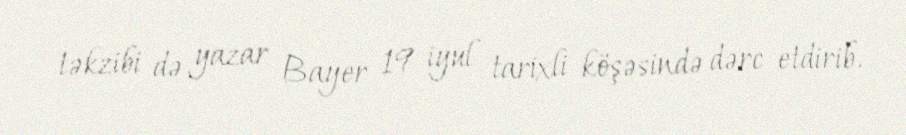
təkzibi də yazar Bayer 19 iyul tarixli köşəsində dərc etdirib.